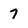
Character: 7